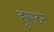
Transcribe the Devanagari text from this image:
हुसटन